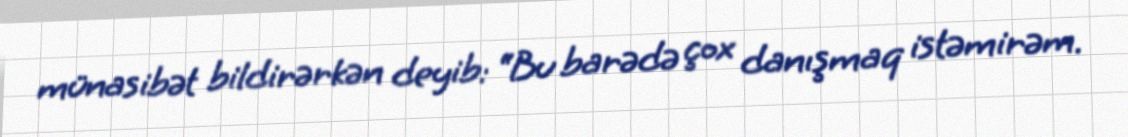
münasibət bildirərkən deyib: “Bu barədə çox danışmaq istəmirəm.